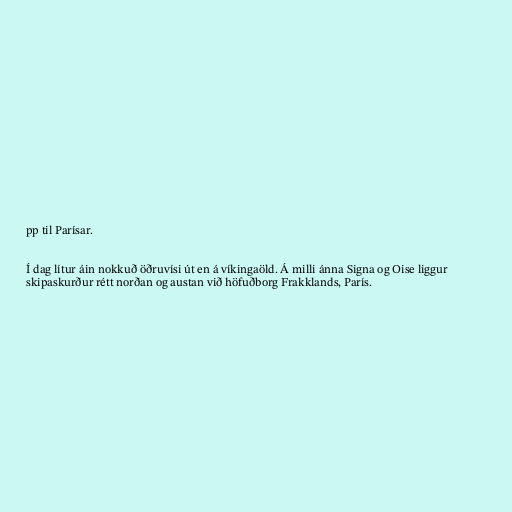
pp til Parísar.

Í dag lítur áin nokkuð öðruvísi út en á víkingaöld. Á milli ánna Signa og Oise liggur
skipaskurður rétt norðan og austan við höfuðborg Frakklands, París.